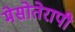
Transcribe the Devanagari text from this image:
मेसोतेरापी